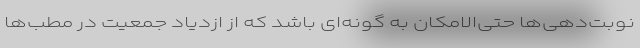
نوبت‌دهی‌ها حتی‌الامکان به گونه‌ای باشد که از ازدیاد جمعیت در مطب‌ها